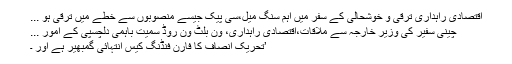
اقتصادی راہداری ترقی و خوشحالی کے سفر میں اہم سنگ میل،سی پیک جیسے منصوبوں سے خطے میں ترقی ہو ...
چینی سفیر کی وزیر خارجہ سے ملاقات،اقتصادی راہداری، ون بلٹ ون روڈ سمیت باہمی دلچسپی کے امور ...
’تحریک انصاف کا فارن فنڈنگ کیس انتہائی گمبھیر ہے اور ۔